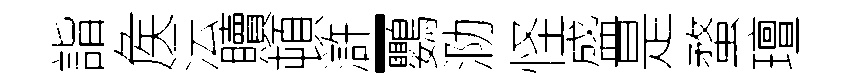
詣矦沄贖頓滸-鸚泐怪盛是蝥璮